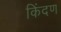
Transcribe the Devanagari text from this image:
किंदण